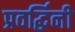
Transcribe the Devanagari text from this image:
प्रवर्द्धिनी